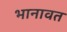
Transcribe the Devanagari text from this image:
भानावत